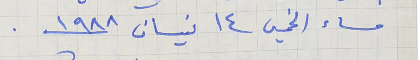
مساء الخميس ١٤ نيسان سنة ١٩٨٨.